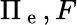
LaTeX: \Pi_{\mathrm{~e~}},F